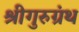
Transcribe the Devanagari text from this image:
श्रीगुरुग्रंथ